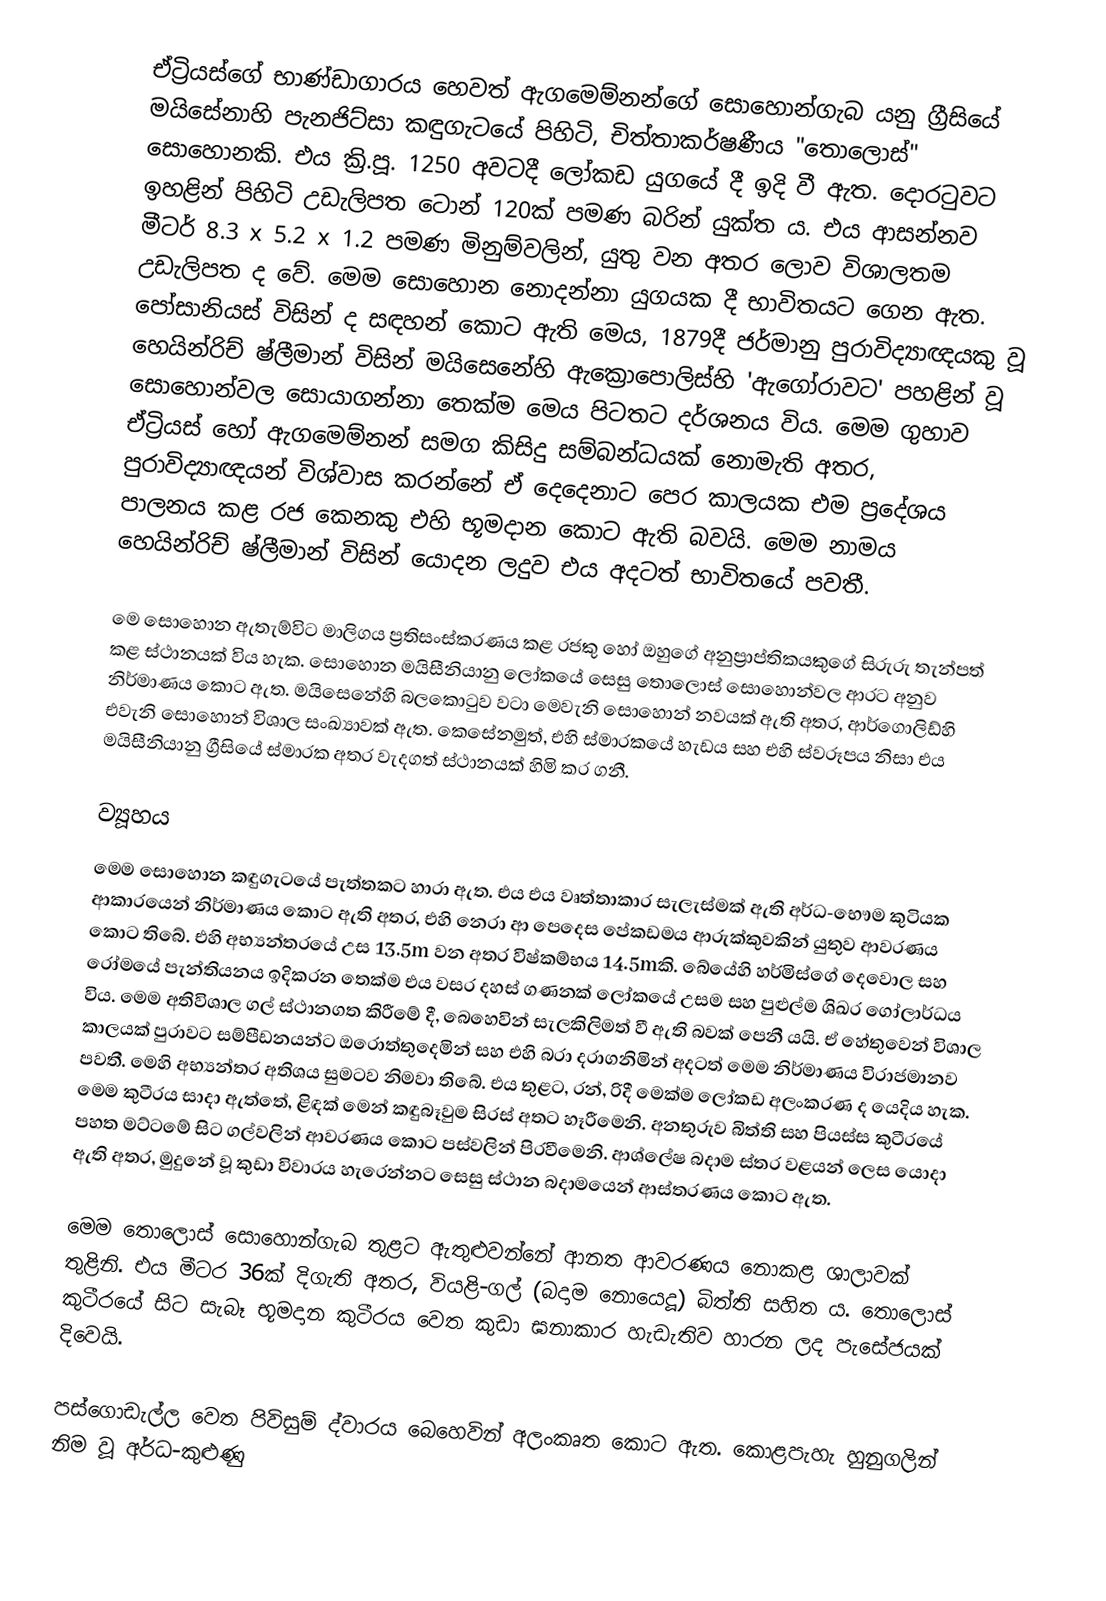
ඒට්‍රියස්ගේ භාණ්ඩාගාරය හෙවත් ඇගමෙම්නන්ගේ සොහොන්ගැබ යනු ග්‍රීසියේ මයිසේනාහි පැනජිට්සා කඳුගැටයේ පිහිටි, චිත්තාකර්ෂණීය "තොලොස්" සොහොනකි. එය ක්‍රි.පූ. 1250 අවටදී ලෝකඩ යුගයේ දී ඉදි වී ඇත. දොරටුවට ඉහළින් පිහිටි උඩැලිපත ටොන් 120ක් පමණ බරින් යුක්ත ය. එය ආසන්නව මීටර් 8.3 x 5.2 x 1.2 පමණ මිනුම්වලින්, යුතු වන අතර ලොව විශාලතම උඩැලිපත ද වේ. මෙම සොහොන නොදන්නා යුගයක දී භාවිතයට ගෙන ඇත. පෝසානියස් විසින් ද සඳහන් කොට ඇති මෙය, 1879දී ජර්මානු පුරාවිද්‍යාඥයකු වූ හෙයින්රිච් ෂ්ලීමාන් විසින් මයිසෙනේහි ඇක්‍රොපොලිස්හි 'ඇගෝරාවට' පහළින් වූ සොහොන්වල සොයාගන්නා‍ තෙක්ම මෙය පිටතට දර්ශනය විය. මෙම ගුහාව ඒට්‍රියස් හෝ ඇගමෙම්නන් සමග කිසිදු සම්බන්ධයක් නොමැති අතර, පුරාවිද්‍යාඥයන් විශ්වාස කරන්නේ ඒ දෙදෙනාට පෙර කාලයක එම ප්‍රදේශය පාලනය කළ රජ කෙනකු එහි භූමදාන කොට ඇති බවයි. මෙම නාමය හෙයින්රිච් ෂ්ලීමාන් විසින් යොදන ලදුව එය අදටත් භාවිතයේ පවතී.

මෙ සොහොන ඇතැම්විට මාලිගය ප්‍රතිසංස්කරණය කළ රජකු හෝ ඔහුගේ අනුප්‍රාප්තිකයකුගේ සිරුරු තැන්පත් කළ ස්ථානයක් විය හැක. සොහොන මයිසීනියානු ලෝකයේ සෙසු තොලොස් සොහොන්වල ආරට අනුව නිර්මාණය කොට ඇත. මයිසෙනේහි බලකොටුව වටා මෙවැනි සොහොන් නවයක් ඇති අතර, ආර්ගොලිඩ්හි එවැනි සොහොන් විශාල සංඛ්‍යාවක් ඇත. කෙසේනමුත්, එහි ස්මාරකයේ හැඩය සහ එහි ස්වරූපය නිසා එය මයිසීනියානු ග්‍රීසියේ ස්මාරක අතර වැදගත් ස්ථානයක් හිමි කර ගනී.

ව්‍යූහය
මෙම සොහොන කඳුගැටයේ පැත්තකට හාරා ඇත. එය එය වෘත්තාකාර සැලැස්මක් ඇති අර්ධ-භෞම කුටියක ආකාරයෙන් නිර්මාණය කොට ඇති අතර, එහි නෙරා ආ පෙදෙස පේකඩමය ආරුක්කුවකින් යුතුව ආවරණය කොට තිබේ. එහි අභ්‍යන්තරයේ උස 13.5m වන අතර විෂ්කම්භය 14.5mකි. බේයේහි හර්මිස්ගේ දෙවොල සහ රෝමයේ පැන්තියනය ඉදිකරන තෙක්ම එය වසර දහස් ගණනක් ලෝකයේ උසම සහ පුළුල්ම ශිඛර ගෝලාර්ධය විය. මෙම අතිවිශාල ගල් ස්ථානගත කිරීමේ දී, බෙහෙවින් සැලකිලිමත් වී ඇති බවක් පෙනී යයි. ඒ හේතුවෙන් විශාල කාලයක් පුරාවට සම්පීඩනයන්ට ඔරොත්තු‍දෙමින් සහ එහි බරා දරාගනිමින් අදටත් මෙම නිර්මාණය විරාජමානව පවතී. මෙහි අභ්‍යන්තර අතිශය සුමටව නිමවා තිබේ. එය තුළට, රන්, රිදී මෙක්ම ලෝකඩ අලංකරණ ද යෙදිය හැක. මෙම කුටීරය සාදා ඇත්තේ, ළිඳක් මෙන් කඳුබෑවුම සිරස් අතට හෑරීමෙනි. අනතුරුව බිත්ති සහ පියස්ස කුටීරයේ පහත මට්ටමේ සිට ගල්වලින් ආවරණය කොට පස්වලින් පිරවීමෙනි. ආශ්ලේෂ බදාම ස්තර වළයන් ලෙස යොදා ඇති අතර, මුදුනේ වූ කුඩා විවාරය හැරෙන්නට සෙසු ස්ථාන බදාමයෙන් ආස්තරණය කොට ඇත.

මෙම තොලොස් සොහොන්ගැබ තුළට ඇතුළුවන්නේ ආනත ආවරණය නොකළ ශාලාවක් තුළිනි. එය මීටර 36ක් දිගැති අතර, වියළි-ගල් (බදාම නොයෙදූ) බිත්ති සහිත ය. තොලොස් කුටීරයේ සිට සැබෑ භූමදාන කුටීරය වෙත කුඩා ඝනාකාර හැඩැතිව හාරන ලද පැසේජයක් දිවෙයි.

පස්ගොඩැල්ල වෙත පිවිසුම් ද්වාරය බෙහෙවින් අලංකෘත කොට ඇත. කොළපැහැ හුනුගලින් නිම වූ අර්ධ-කුළුණු